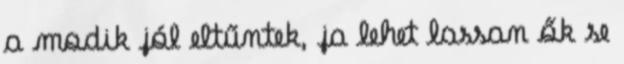
a modik jól eltűntek, ja lehet lassan ők se